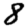
Digit: 8